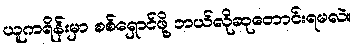
ယူကရိန်းမှာ စစ်ရှောင်ဖို့ ဘယ်လိုဆုတောင်းရမလဲ။